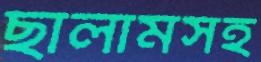
ছালামসহ